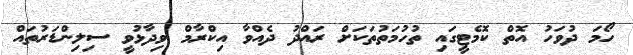
ހޯމަ ދުވަހު އޮތް ކޮމެޓީގައި ތުހުމަތުތަކަށް ރައްދު ދެއްވާ އިކްރާމް ވިދާޅުވީ ސިލިންޑަރުތައް